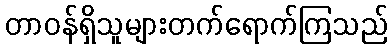
တာဝန်ရှိသူများတက်ရောက်ကြသည်